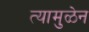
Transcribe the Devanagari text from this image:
त्यामुळेन